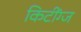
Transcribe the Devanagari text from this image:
किटींग्ज